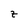
Character: z